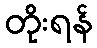
တိုးရန်